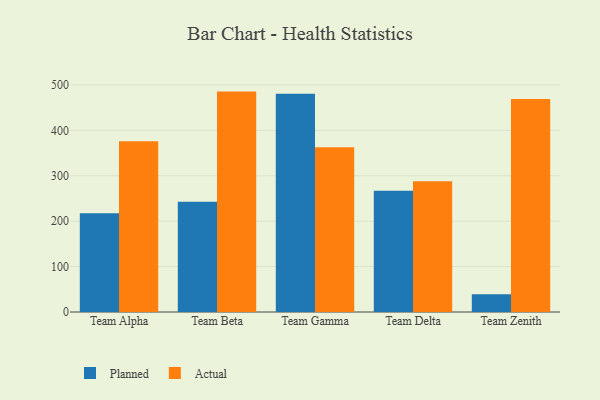
{"axis": {"x": "Team", "y": "Temperature (°C)"}, "legend": ["Actual", "Planned"], "data": [{"x": "Team Alpha", "y": 217.7, "type": "Planned"}, {"x": "Team Alpha", "y": 376.0, "type": "Actual"}, {"x": "Team Beta", "y": 242.5, "type": "Planned"}, {"x": "Team Beta", "y": 485.3, "type": "Actual"}, {"x": "Team Gamma", "y": 480.4, "type": "Planned"}, {"x": "Team Gamma", "y": 362.6, "type": "Actual"}, {"x": "Team Delta", "y": 266.9, "type": "Planned"}, {"x": "Team Delta", "y": 287.7, "type": "Actual"}, {"x": "Team Zenith", "y": 39.0, "type": "Planned"}, {"x": "Team Zenith", "y": 469.2, "type": "Actual"}]}